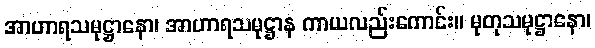
အာဟာရသမုဋ္ဌာနော၊ အာဟာရသမုဋ္ဌာန ကာယလည်းကောင်း။ မုတုသမုဋ္ဌာနော၊